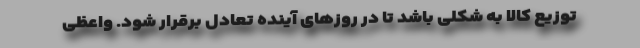
توزیع کالا به شکلی باشد تا در روزهای آینده تعادل برقرار شود. واعظی